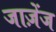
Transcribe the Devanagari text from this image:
जाज़ेंज